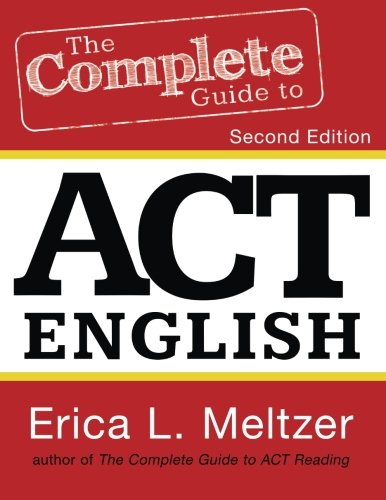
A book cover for The Complete Guide to ACT English; Erica L. Meltzer; Test Preparation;